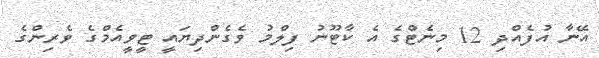
އޭނާ އުފެއްދި 12 މިނެޓްގެ އެ ކާޓޫނު ފިލްމު ވެގެންދިޔައީ ޓީވީއެމްގެ ވެރިންގެ